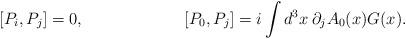
LaTeX: \begin{align*}[P_i,P_j]=0, \hspace{1in}[P_0,P_j]=i \int d^3x \:\partial_j A_0(x) G(x).\end{align*}